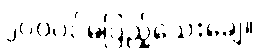
၂၀၀ပင်မပြည့်သေးချေ။